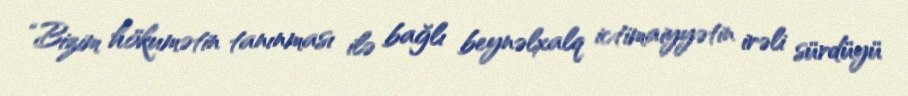
“Bizim hökumətin tanınması ilə bağlı beynəlxalq ictimaiyyətin irəli sürdüyü